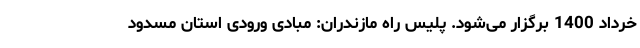
خرداد 1400 برگزار می‌شود. پلیس راه مازندران: مبادی ورودی استان مسدود